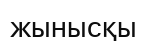
жынысқы